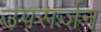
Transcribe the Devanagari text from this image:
उपसर्जन